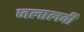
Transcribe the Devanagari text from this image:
जलालवी